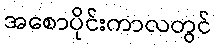
အစောပိုင်းကာလတွင်